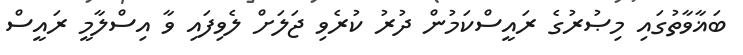
ބަޣާވާތުގައި މިޞުރުގެ ރައީސްކަމުން ދުރު ކުރެވި ޖަލަށް ލެވިފައި ވާ އިސްލާމީ ރައީސް